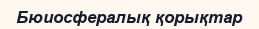
Бюиосфералық қорықтар